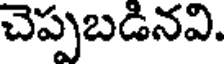
చెప్పబడినవి.